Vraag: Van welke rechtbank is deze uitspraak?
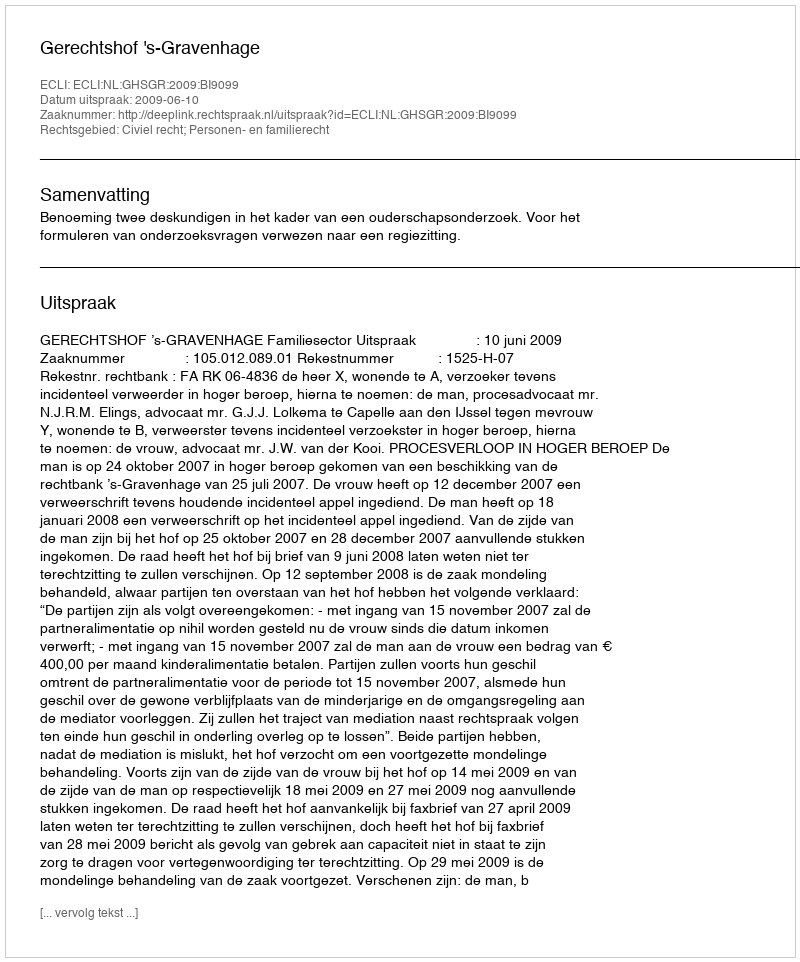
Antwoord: Gerechtshof 's-Gravenhage